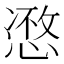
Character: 𢞾